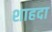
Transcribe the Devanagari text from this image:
शाहदा